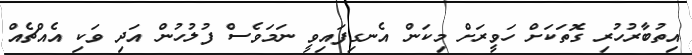
އިތުބާރުހުރި ގޮތަކަށް ހަވީރަށް މިކަން އެނގިފައިވީ ނަމަވެސް ފުލުހުން އަދި ވަކި އެއްޗެއް